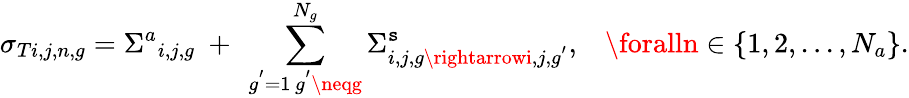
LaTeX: \sigma_{Ti,j,n,g}={\Sigma^{a}}_{i,j,g}\ +\ \sum_{\substack{g^{'}=1\, g^{'}\neqg}}^{N_{g}}\Sigma_{i,j,g\rightarrowi,j,g^{'}}^{\mathtt{s}},\; \; \; \foralln\in\{ 1,2,...,N_{a}\} .